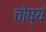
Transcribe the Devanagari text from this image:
चोष्यं